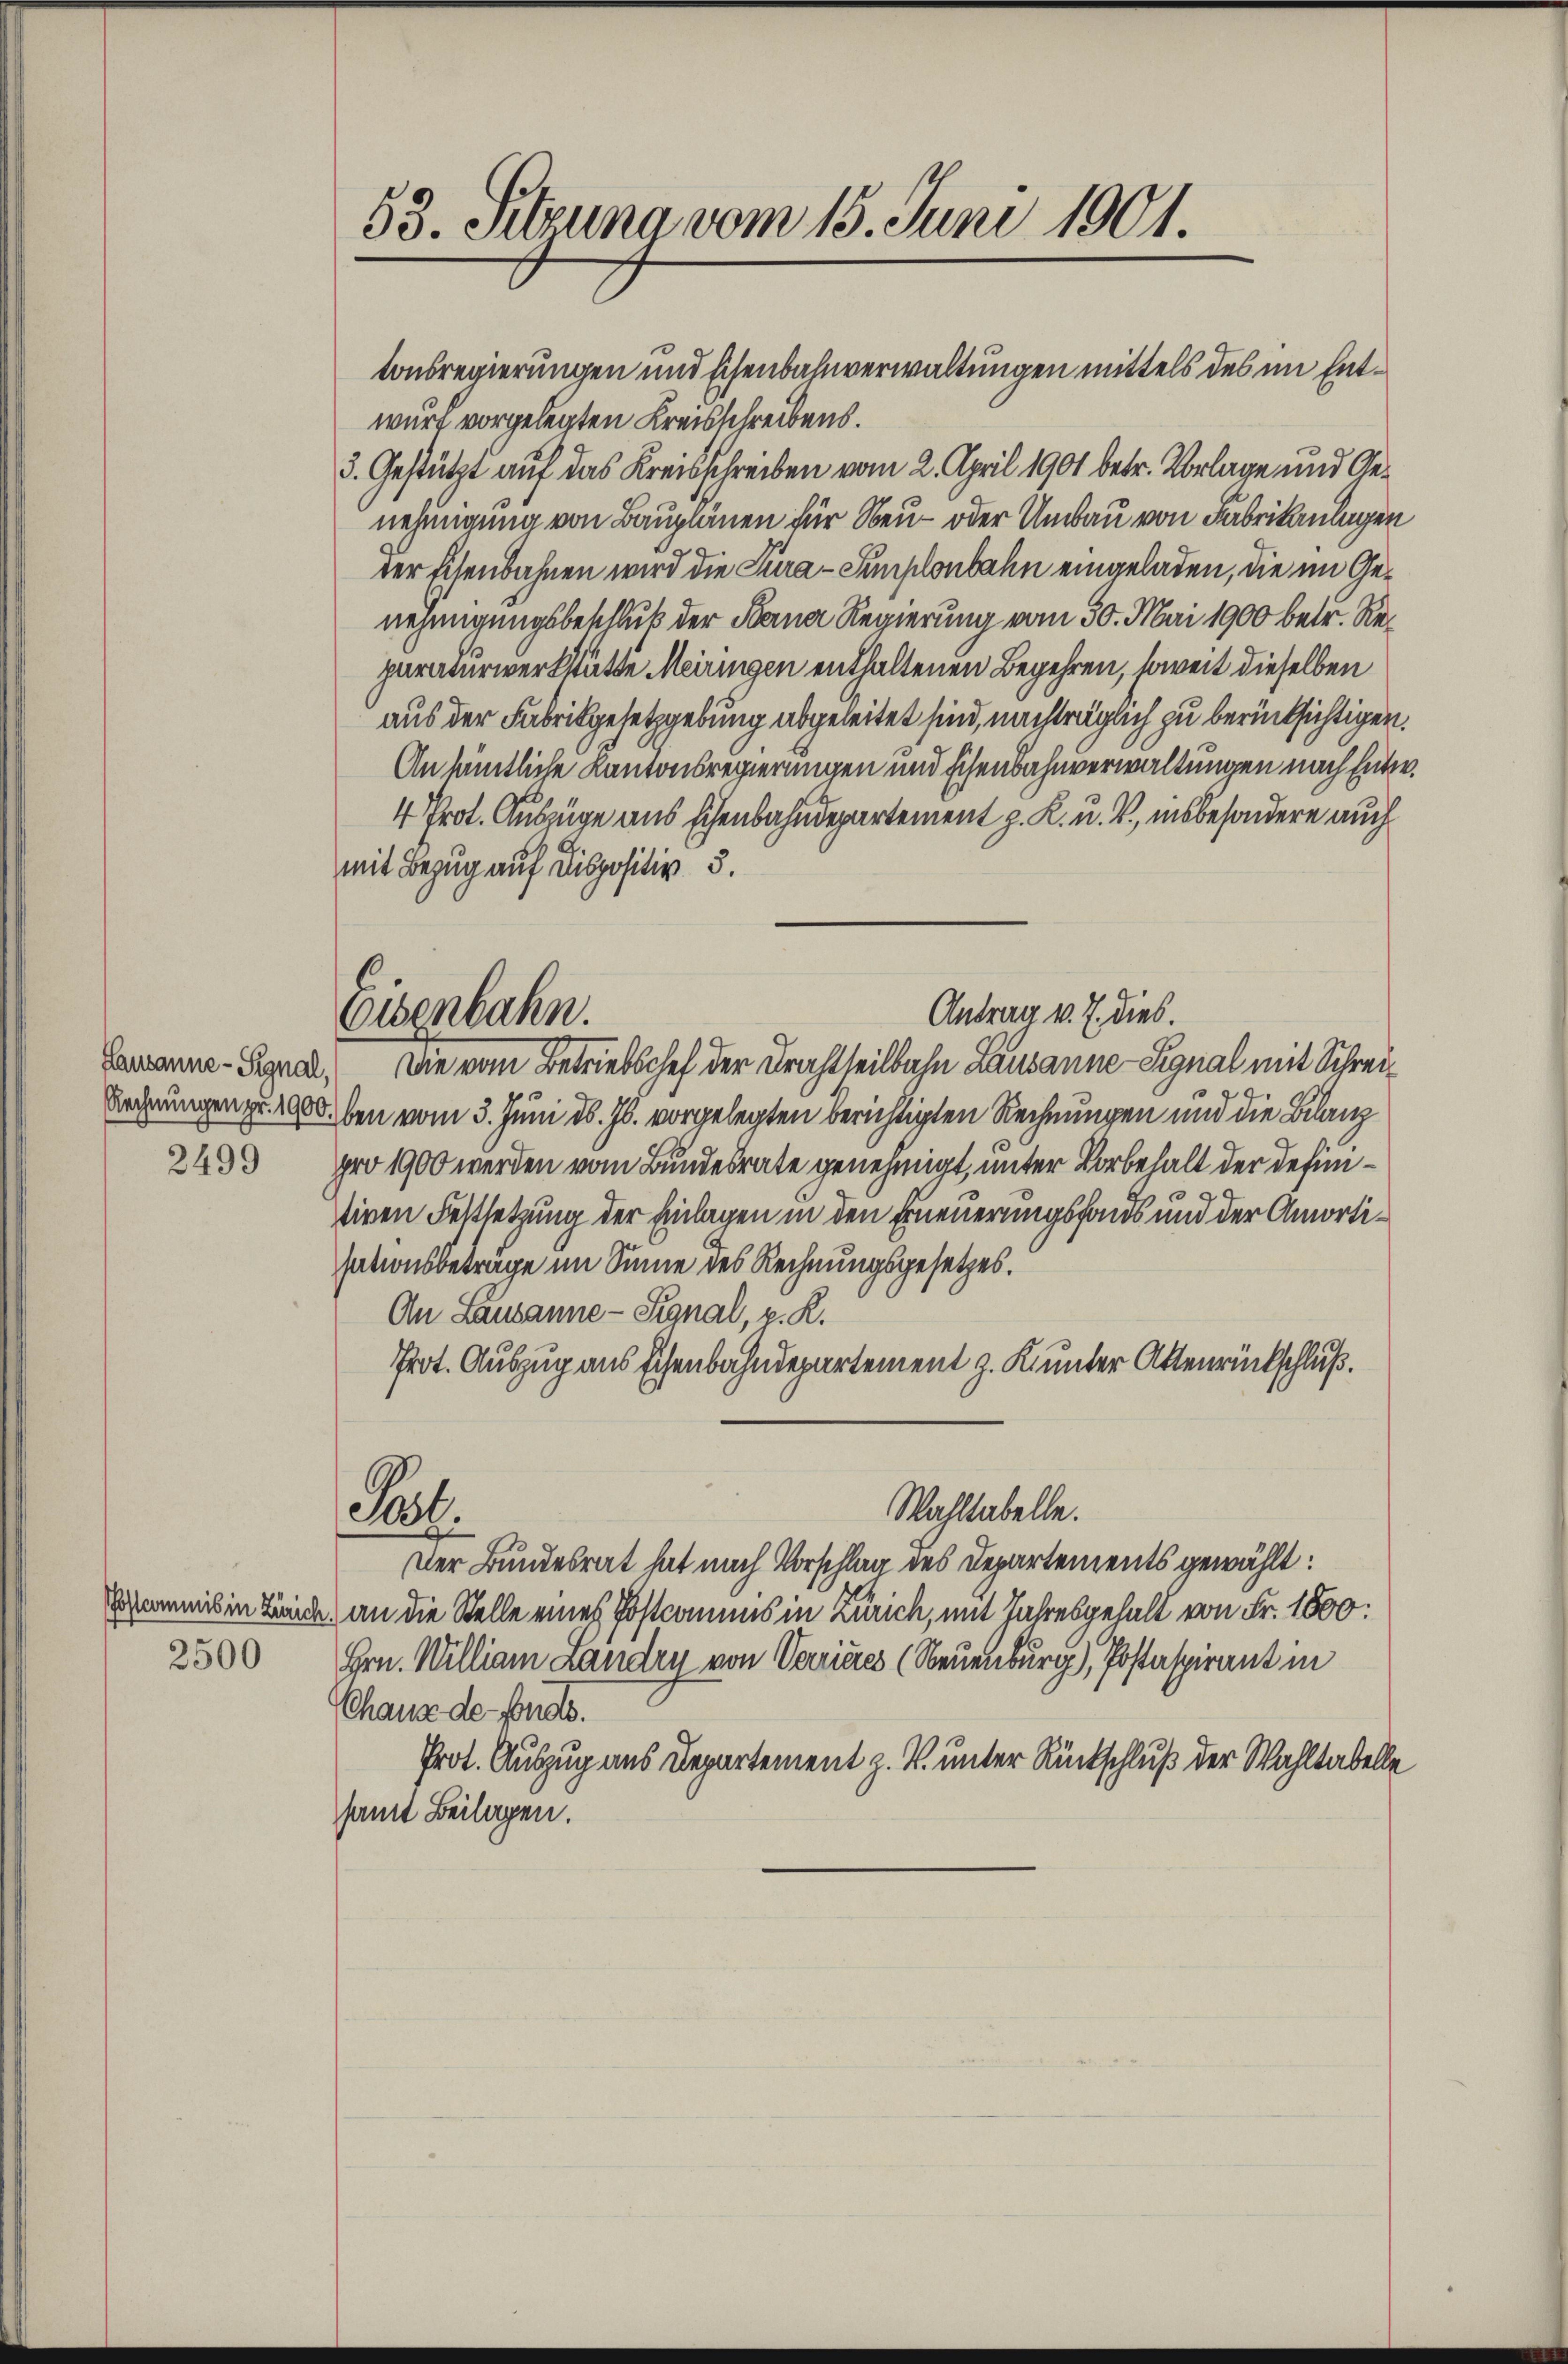
Lausanne - Signal,
2499

Postcommis in Zürich,
2500

53. Sitzung vom 15. Juni 1901.

Eisenbahn.

tonsregierungen und Eisenbahnverwaltungen mittels des im Entwurf vorgelegten Kreisschreibens.
3. Gestützt auf das Kreisschreiben vom 2. April 1901 betr. Vorlage und Genehmigung von Bauplänen für Neu- oder Umbau von Fabrikanlagen
der Eisenbahnen wird die Jura - Semplonbahn eingeladen, die im Genehmigungsbeschluß der Sterner Regierung vom 30. Mai 1900 betr. Reparaturwerkstätte Meiringen enthaltenen Begehren, soweit dieselben
aus der Fabrikgesetzgebung abgeleitet sind, nachträglich zu berücksichtigen.
Ansämtliche Kantonsregierungen und Eisenbahnverwaltungen nach sitze.
4 Prot. Auszüge aus Eisenbahndepartement z. K. u. V., insbesondere auch
mit Bezug auf Dispositiv 3.
Die vom Betriebschef der Brachtheilbahn Lausanne Signal mit Schrei¬
Rechnungen zu 1900. ben vom 3. Juni d. Js. vorgelegten berichtigten Rechnungen und die Bilanz
pro 1900 werden vom Bundesrate genehmigt, unter Vorbehalt der definitiven Festsetzung der Einlagen in den Erneuerungsfonds und der Amortisationsbetrage im Sinne des Rechnungsgesetzes.
An Lausanne - Signal, z. R.
Prot. Auszug aus schenbahndepartement z. K. unter Aktenrückschluß.
Wahltabelle.
Pul.
Der Bundesrat hat nach Vorschlag des Departements gewählt:
an die Stelle eines Postcommis in Zürich, mit Jahresgehalt von Fr. 1800:
Hrn. William Landry von Verrieres (Neuenburg), Postaspirant in
Chaus de fonds.
Prot. Auszug aus Departement z. B. unter Rückschluß der Wahltabelle
samt Beilagen.

Antrag v. J. dies.